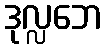
ဒုလ္လဘေ